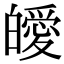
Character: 皧